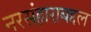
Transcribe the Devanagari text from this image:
नरसंहाराबद्दल